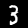
Digit: 3